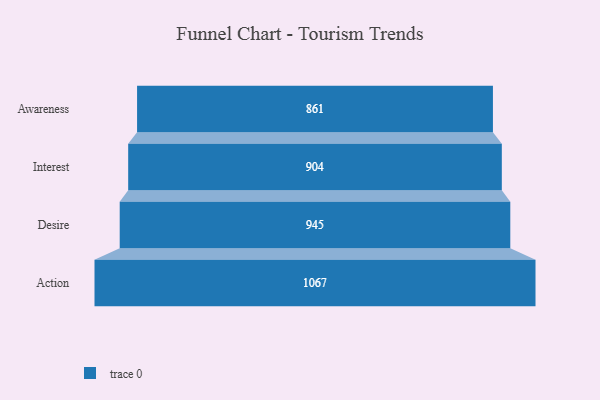
{"axis": {"x": "Stage", "y": "Value"}, "legend": [""], "data": [{"x": "Awareness", "y": 861.0, "type": ""}, {"x": "Interest", "y": 904.0, "type": ""}, {"x": "Desire", "y": 945.0, "type": ""}, {"x": "Action", "y": 1067.0, "type": ""}]}